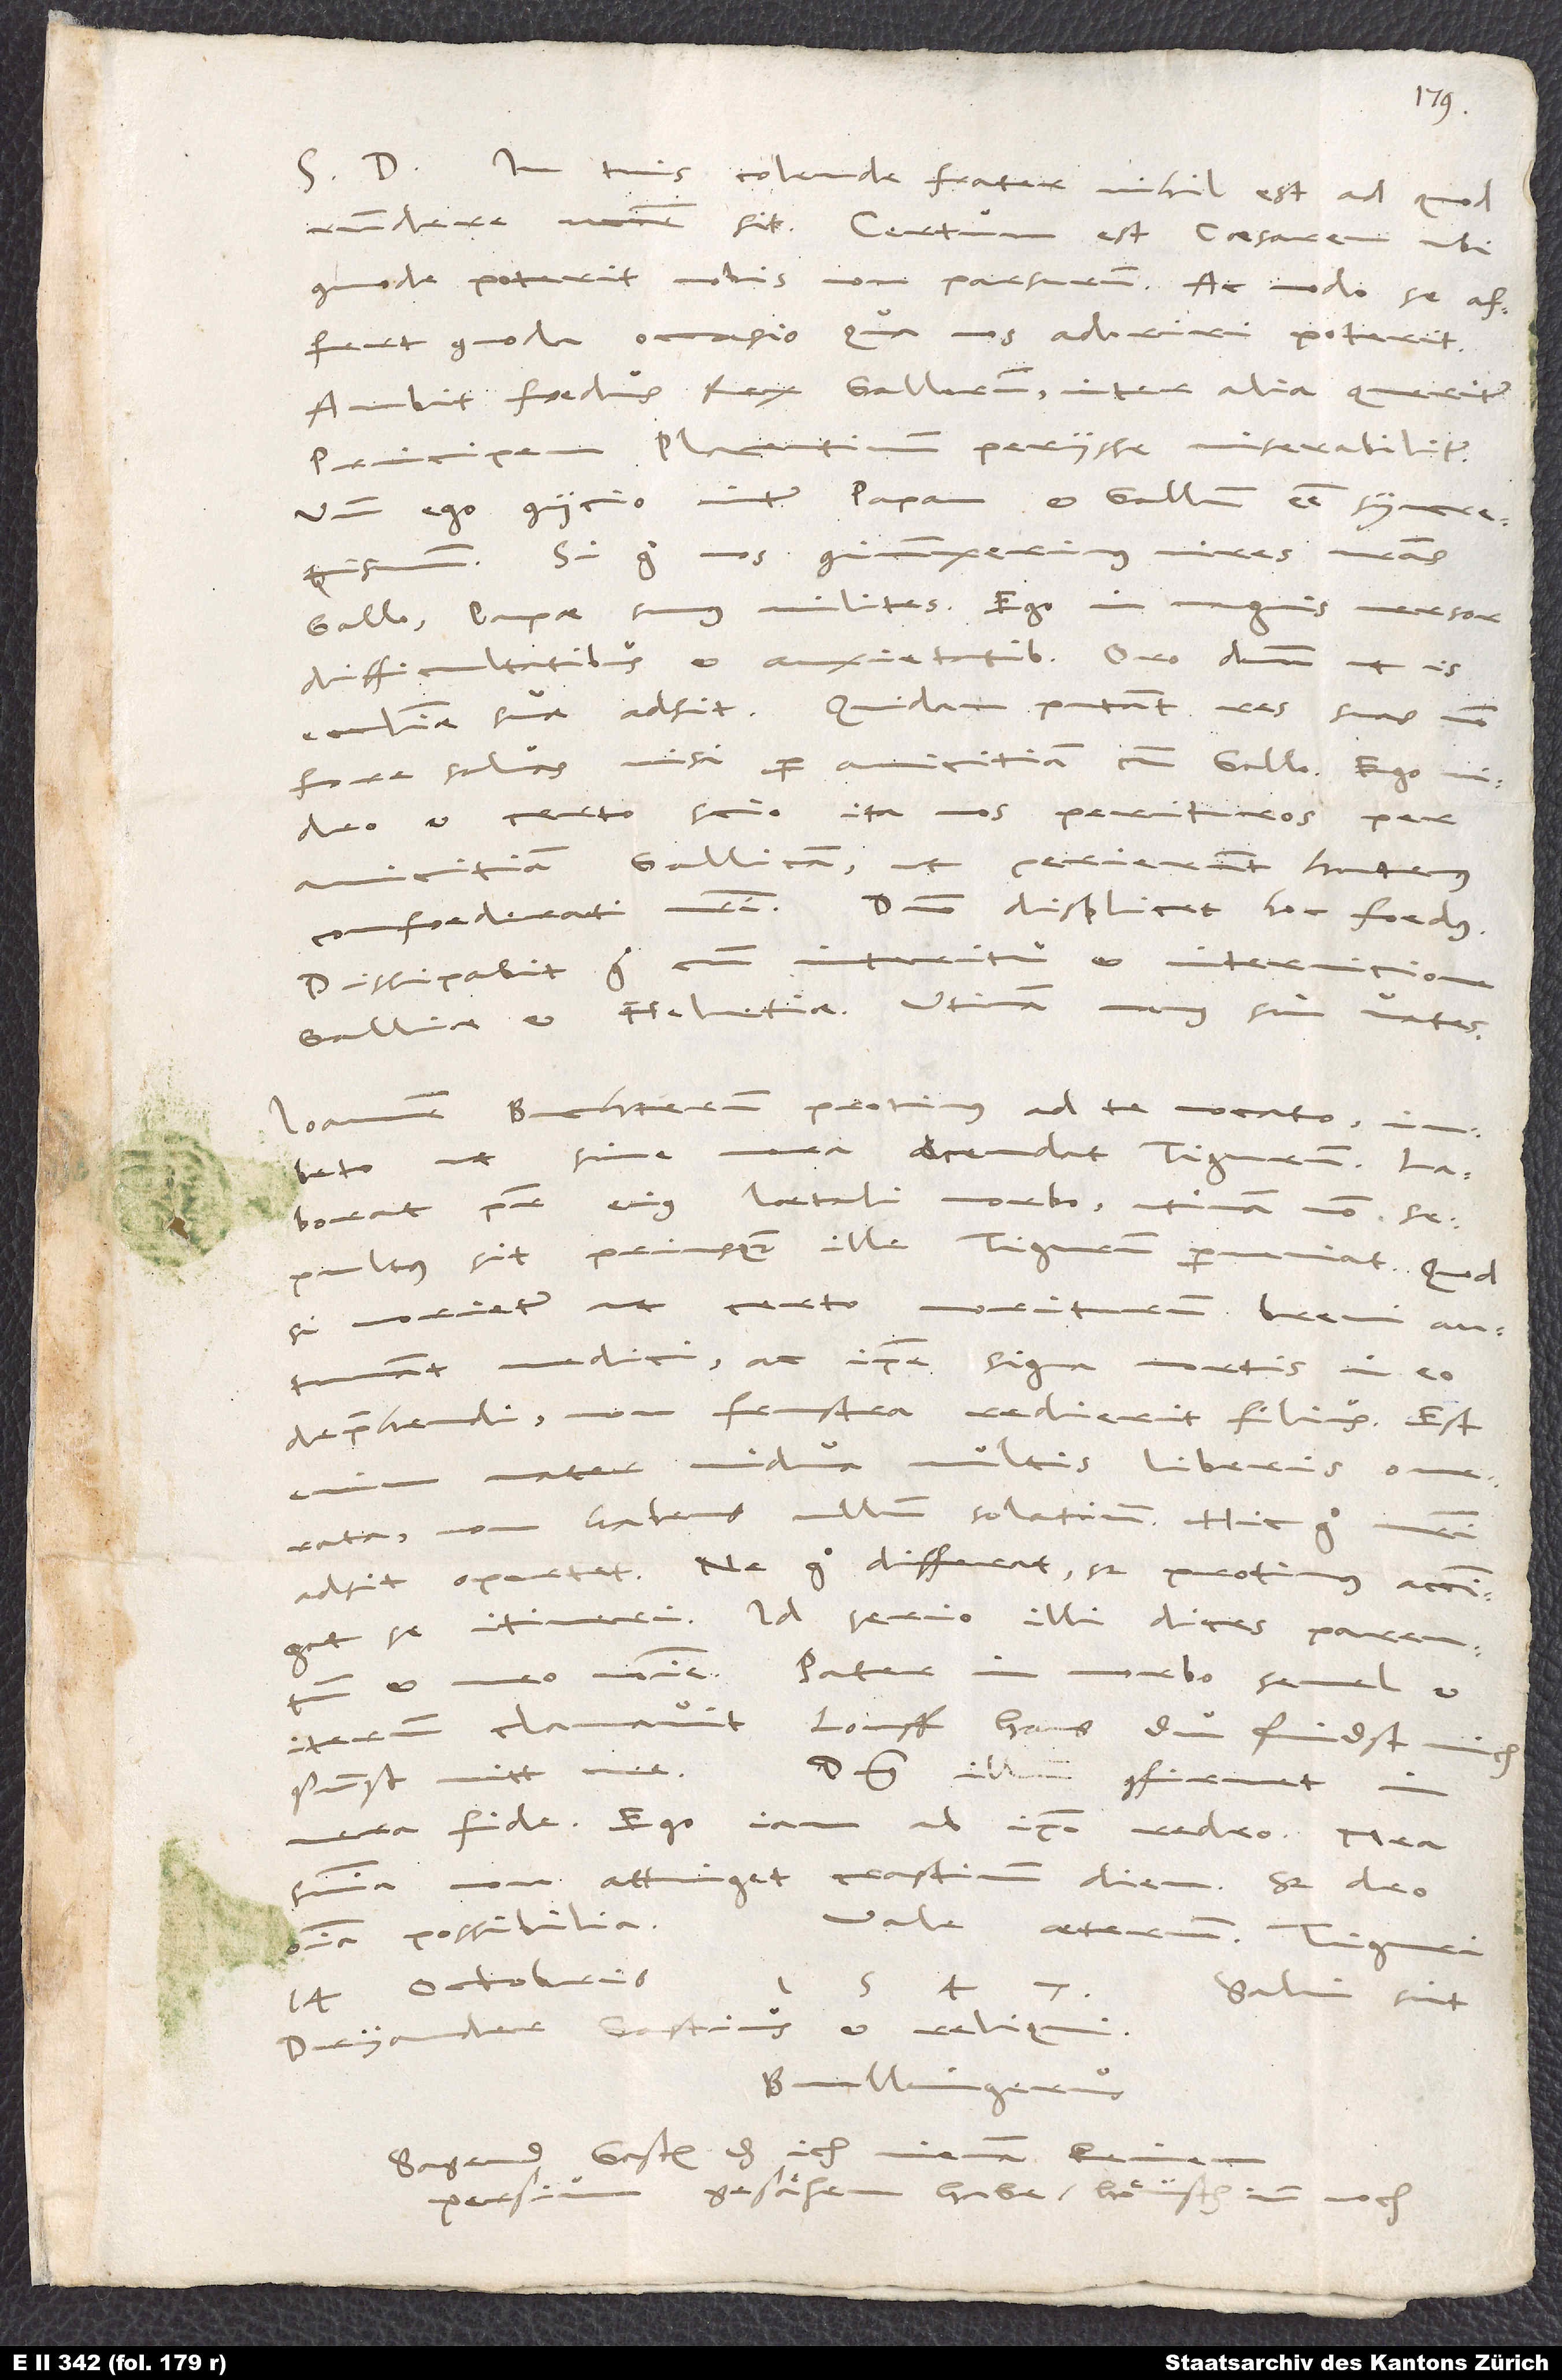
S. D. In tuis, colende frater, nihil est, ad quod
respondere necesse sit. Certum est caesarem, ubi
commode poterit, nobis non parsurum, ac modo se affert
commoda occasio, qua nos adoriri poterit.
Ambit foedus rex Gallorum. Inter alia queritur
Placentinum periisse miserabiliter.
principem
Unde ego coniicio inter papam et Gallum esse syncretismum.
Si ergo nos coniunxerimus vires nostras
Gallo, papae sumus milites. Ego in magnis versor
difficultatibus et anxietatibus! Oro dominum, ut is
ecclesiae suae adsit. Quidam putant res suas non
fore salvas, nisi per amicitiam cum Gallo. Ego
et certo scio ita nos perituros per
amicitiam Gallicam, ut perierunt hactenus
confoederati nostri. Domino displicet hoc foedus.
Dissipabit ergo cum interitu et internicione
Galliae et Helvetiae. Utinam vanus sim vates!
Ioannem Buchterum protinus ad te vocato.
Iubeto, ut sine mora ascendat Tigurum.
Laborat pater eius laetali morbo. Utinam non
sepultus sit, priusquam ille Tigurum perveniat! Quodsi
morietur (ut certo moriturum brevi autumant
medici - ac ipse signa mortis in eo
deprehendi), non frustra redierit filius: Est
enim mater vidua multis liberis onerata,
non habens ullum solatium. Hic ergo matri
adsit, oportet. Ne ergo differat, sed protinus accingat
se itineri! Id serio illi dices parentum
meo nomine. Pater in morbo semel et
iterum clamavit: „Louff, Hans, du findst mich
sunst nitt mee!“
Dominus illum confirmet in
vera fide. Ego iam ad ipsum redeo. Mea
sententia non attinget crastinum diem, sed deo
Vale aeternum. Tiguri,
omnia possibilia.
14. octobris
Salvi sint
Dryander, Gastius et reliqui.
Bullingerus.
Sagend Gasten, das ich nienan
Persium gesähen habe. Höusch inn noch.